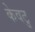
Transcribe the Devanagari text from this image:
केवटु